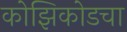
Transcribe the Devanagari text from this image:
कोझिकोडचा